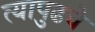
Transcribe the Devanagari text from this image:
त्यापुढचे